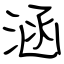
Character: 涵